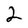
Character: 2